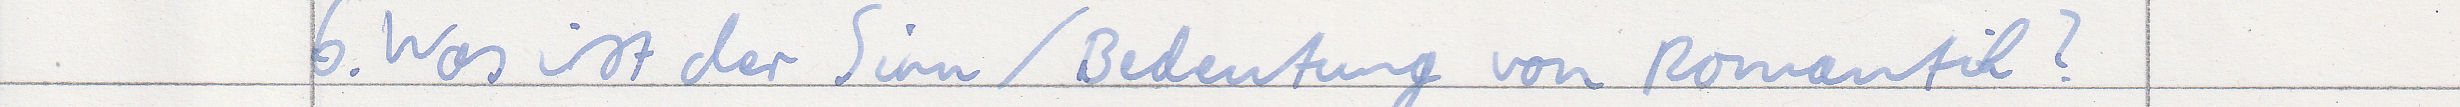
6. Was ist der Sinn / Bedeutung von Romantik?